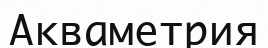
Акваметрия